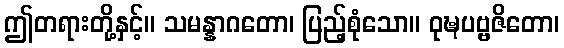
ဤတရားတို့နှင့်။ သမန္နာဂတော၊ ပြည့်စုံသော။ ဝုဍ္ဎပဗ္ဗဇိတော၊